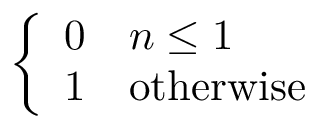
\left\{ { \begin{array} { l l } { 0 } & { n \leq 1 } \\ { 1 } & { { \mathrm { o t h e r w i s e } } } \end{array} } \right.